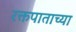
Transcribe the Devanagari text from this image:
रक्तपाताच्या